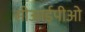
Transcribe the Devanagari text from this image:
सीआईपीओ